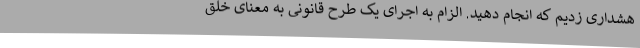
هشداری زدیم که انجام دهید. الزام به اجرای یک طرح قانونی به معنای خلق